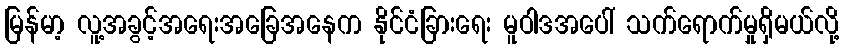
မြန်မာ့ လူ့အခွင့်အရေးအခြေအနေက နိုင်ငံခြားရေး မူဝါဒအပေါ် သက်ရောက်မှုရှိမယ်လို့